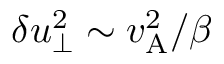
\delta u _ { \perp } ^ { 2 } \sim v _ { \mathrm { A } } ^ { 2 } / \beta